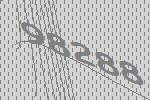
98288